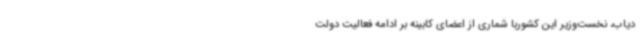
دیاب، نخست‌وزیر این کشوربا شماری از اعضای کابینه بر ادامه فعالیت دولت